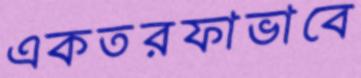
একতরফাভাবে